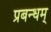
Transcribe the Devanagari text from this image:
प्रबन्धम्